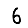
Digit: 6